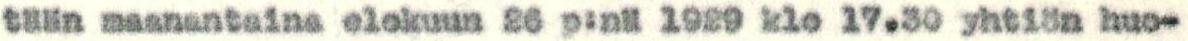
tään maanantaina elokuun 26 p:nä 1929 klo 17.30 yhtiön huo-